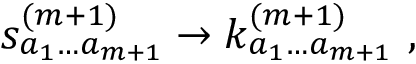
s _ { a _ { 1 } \ldots a _ { m + 1 } } ^ { ( m + 1 ) } \rightarrow k _ { a _ { 1 } \ldots a _ { m + 1 } } ^ { ( m + 1 ) } \ ,